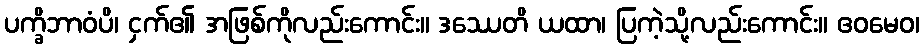
ပက္ခိဘာဝံပိ၊ ငှက်၏ အဖြစ်ကိုလည်းကောင်း။ ဒဿေတိ ယထာ၊ ပြကဲ့သို့လည်းကောင်း။ ဧဝမေဝ၊